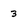
Character: 3